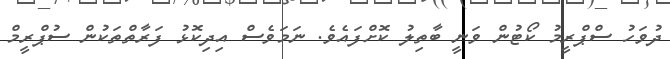
ދުވަހު ސްޕްރީމު ކޯޓުން ވަނީ ބާތިލު ކޮށްފައެވެ. ނަމަވެސް އިދިކޮޅު ފަރާތްތަކުން ސުޕްރީމް